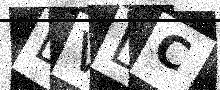
Text: DVDC